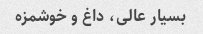
بسیار عالی، داغ و خوشمزه